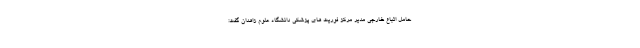
حامل اتباع خارجی مدیر مرکز فوریت های پزشکی دانشگاه علوم زاهدان گفت: